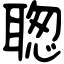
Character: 聦